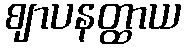
ဈာပနတ္ထာယ